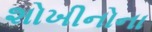
શોખીનોના